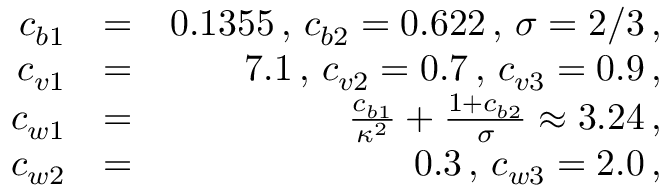
\begin{array} { r l r } { c _ { b 1 } } & { = } & { 0 . 1 3 5 5 \, , \, c _ { b 2 } = 0 . 6 2 2 \, , \, \sigma = 2 / 3 \, , } \\ { c _ { v 1 } } & { = } & { 7 . 1 \, , \, c _ { v 2 } = 0 . 7 \, , \, c _ { v 3 } = 0 . 9 \, , } \\ { c _ { w 1 } } & { = } & { \frac { c _ { b 1 } } { \kappa ^ { 2 } } + \frac { 1 + c _ { b 2 } } { \sigma } \approx 3 . 2 4 \, , } \\ { c _ { w 2 } } & { = } & { 0 . 3 \, , \, c _ { w 3 } = 2 . 0 \, , } \end{array}